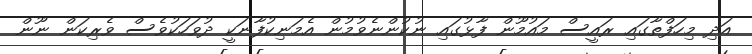
އަދި މިހަފްތާގައި ރައީސް މައުމޫން ފާޅުގައި ނުކުންނެވުމުން އެމަނިކުފާނަކީ ދުވަހަކުވެސް ވެރިކަން ނޫން